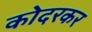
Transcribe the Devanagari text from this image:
कोदरकर